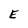
Character: E